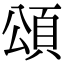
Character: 頌